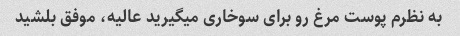
به نظرم پوست مرغ رو برای سوخاری میگیرید عالیه، موفق بلشید